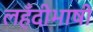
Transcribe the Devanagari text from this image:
लहँदीभाषी